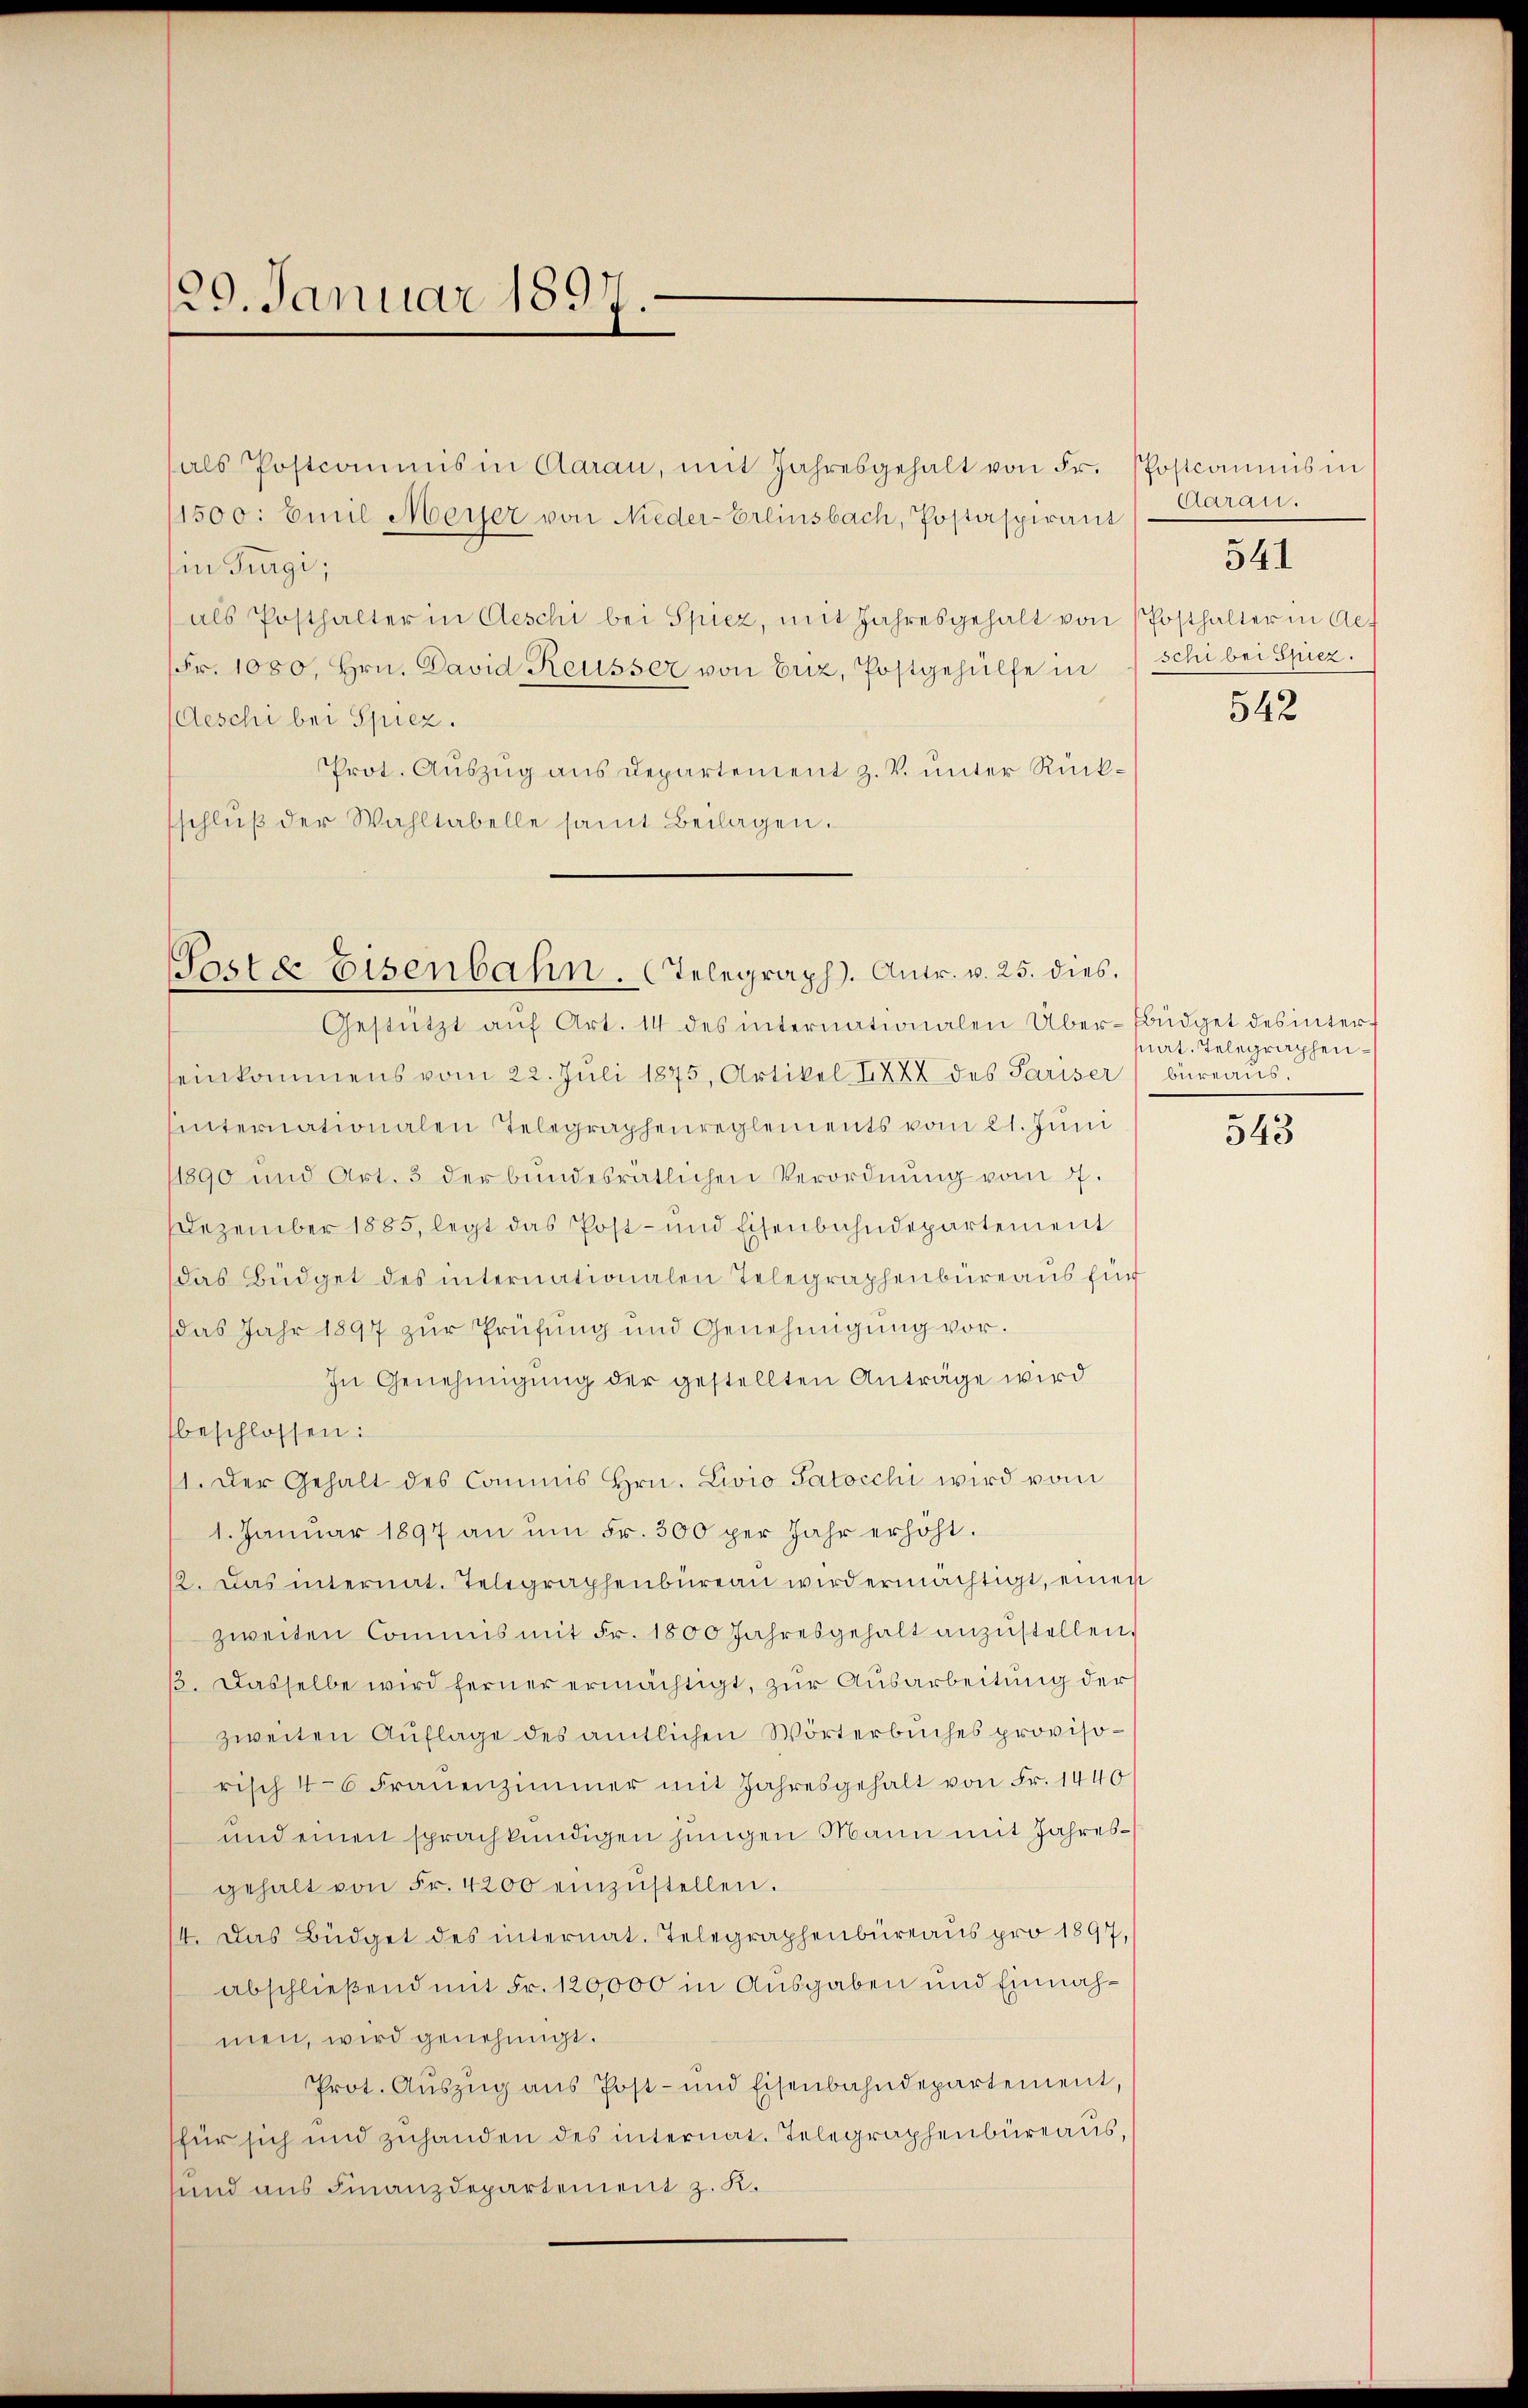
20. Januar 1897.

11500. Emil Meyer von Nieder-Erlinsbach, Postaspirant
Ein Turgi,
als Posthalter in Aeschi bei Spiez, mit Jahresgehalt von Posthalter in Ae
Fr. 1000, Hrn. David Reusser von Erz, Postgehülfe in
Aeschi bei Spiez.
Prot. Aŭszŭg ans Departement z. V. unter Rückschlŭβ der Wahltabelle samt Beilagen.

Parte Eisenbahn. Telegraph. Antr. v. 25. dies

als Postcommis in Aarau, mit Jahresgehalt von Fr. Postcommis in

Gestützt aŭf Art. 14 des internationalen Über-Büdget des interseinkommens vom 22. Juli 1875, Artikel XXX des Pariser büreaus.
hinternationalen Telegraphenreglements vom 21. Jŭni
/1890 und Art. 3 der bundesrätlichen Verordnung vom 7.
Dezember 1885, legt das Post- und Eisenbahndepartement
das Büdget des internationalen Telegraphenbüreaus fün
das Jahr 1897 zur Prüfung und Genehmigŭng vor.
In Genehmigŭng der gestellten Anträge wird
beschlossen:
1. Der Gehalt des Commis Hrn. Livio Patocchi wird vom
1. Januar 1897 an ŭm Fr. 300 per Jahr erhöht.
2. Das internat. Telegraphenbüreaŭ wird ermächtigt, einen
zweiten Commis mit Fr. 1800 Jahresgehalt anzŭstellen,
ß. Dasselbe wird ferner ermächtigt, zur Ausarbeitung der
zweiten Auflage des amtlichen Wörterbuches provisorisch 4-6 Fraŭenzimmer mit Jahresgehalt von Fr. 1440
und einen sprachkundigen jungen Mann mit Jahresgehalt von Fr. 4200 einzŭstellen.
4. Das Büdget des internat. Telegraphenbüreaus pro 1897,
abschließend mit Fr. 120,000 in Ausgaben und Einnahmen, wird genehmigt.
Prot. Auszug aus Post- und Eisenbahndepartement,
für sich und zuhanden des internat. Telegraphenbüreaus,
sund aus Finanzdepartement z. K.

Aarau.
schi bei Spiez.

541

542

sat. Telegraphen¬

543